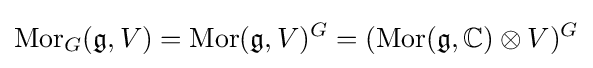
\operatorname {Mor} _{G}({\mathfrak {g}},V)=\operatorname {Mor} ({\mathfrak {g}},V)^{G}=(\operatorname {Mor} ({\mathfrak {g}},\mathbb {C} )\otimes V)^{G}